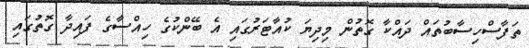
ތަފާސްހިސާބުތައް ދައްކާ ގޮތުން މިދިޔަ ކުއާޓަރުގައި އެ ބޭންކުގެ ހިއްސާގެ ފައިދާ ގޮތުގައި